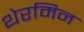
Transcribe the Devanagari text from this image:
थेरमिन